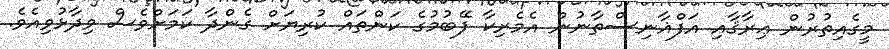
މީގެއިތުރުން ޢިރާޤާއި އަފްޣާނިސްތާނުން އެމެރިކާ ފޭބުމުގެ ކަންތައް ކުރިޔަށް ގެންދާ ކަމަށްވެސް ވިދާޅުވިއެވެ.